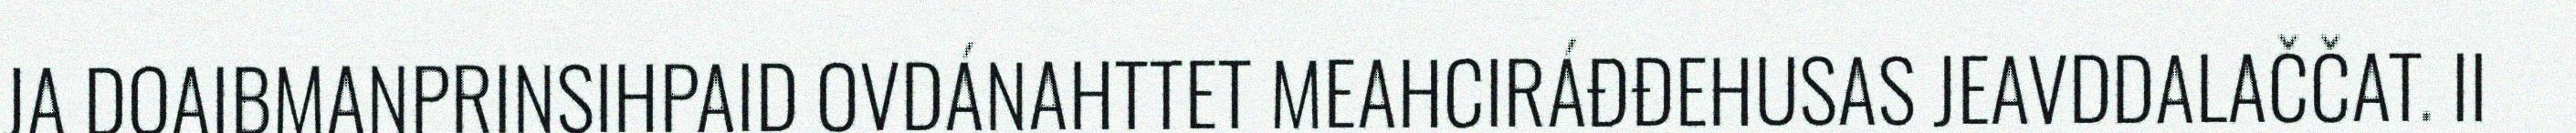
JA DOAIBMANPRINSIHPAID OVDÁNAHTTET MEAHCIRÁĐĐEHUSAS JEAVDDALAČČAT. II